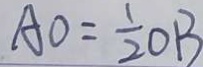
A O = \frac { 1 } { 2 } O B